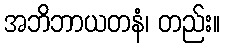
အဘိဘာယတနံ၊ တည်း။